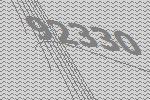
92330